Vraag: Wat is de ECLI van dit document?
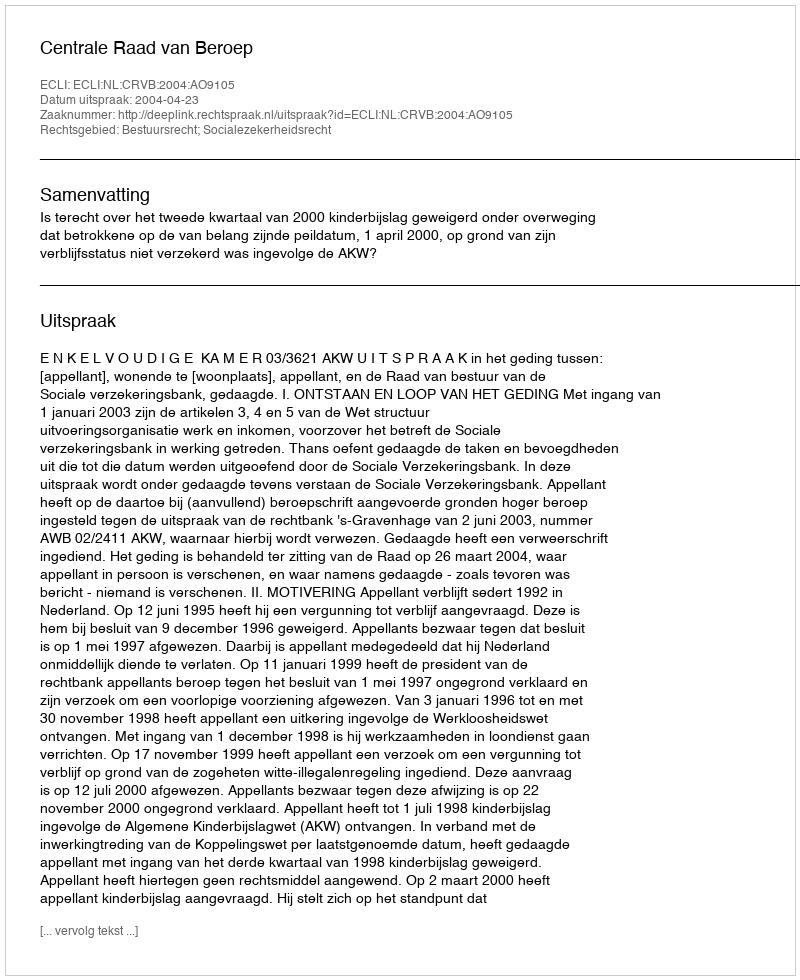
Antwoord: ECLI:NL:CRVB:2004:AO9105